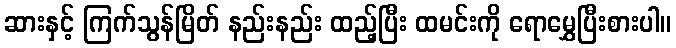
ဆားနှင့် ကြက်သွန်မြိတ် နည်းနည်း ထည့်ပြီး ထမင်းကို ရောမွှေပြီးစားပါ။